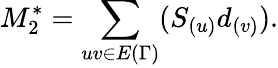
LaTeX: M_{2}^{*}=\sum_{uv\in E{(\Gamma)}}(S_{(u)}d_{(v)}).